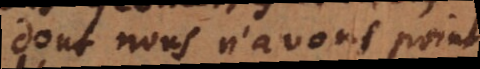
dont nous n’avons point